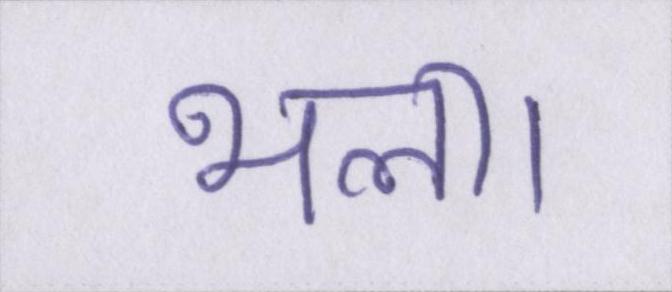
भला।